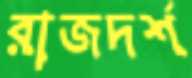
রাজদর্শ